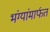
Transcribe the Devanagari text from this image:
भंग्यांमार्फत